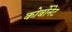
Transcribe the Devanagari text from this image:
कोर्बोनेट